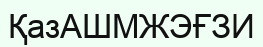
ҚазАШМЖЭҒЗИ